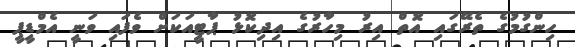
ހިންގުމުގެ ތެރޭގައި އޮތް އިރު މިހާރުގެ އިދިކޮޅު ޕާޓީއަކަށް ވެފައި ވަނީ އެމްޑީޕީ